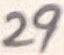
Text: 29